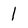
Character: 1